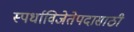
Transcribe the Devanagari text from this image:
स्पर्धाविजेतेपदासाठी